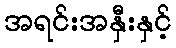
အရင်းအနှီးနှင့်